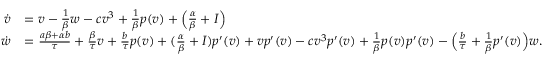
\begin{array} { r l } { \dot { v } } & { = v - \frac { 1 } { \beta } w - c v ^ { 3 } + \frac { 1 } { \beta } p ( v ) + \Big ( \frac { \alpha } { \beta } + I \Big ) } \\ { \dot { w } } & { = \frac { a \beta + \alpha b } { \tau } + \frac { \beta } { \tau } v + \frac { b } { \tau } p ( v ) + ( \frac { \alpha } { \beta } + I ) p ^ { \prime } ( v ) + v p ^ { \prime } ( v ) - c v ^ { 3 } p ^ { \prime } ( v ) + \frac { 1 } { \beta } p ( v ) p ^ { \prime } ( v ) - \Big ( \frac { b } { \tau } + \frac { 1 } { \beta } p ^ { \prime } ( v ) \Big ) w . } \end{array}